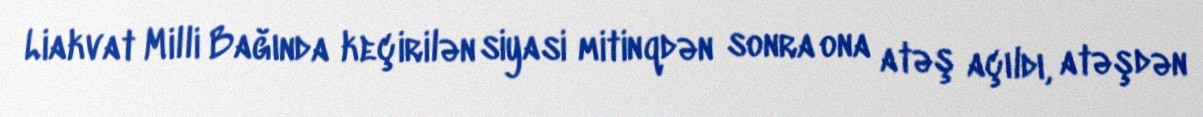
Liakvat Milli Bağında keçirilən siyasi mitinqdən sonra ona atəş açıldı, atəşdən